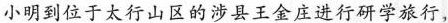
小明到位于太行山区的涉县王金庄进行研学旅行，